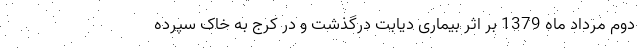
دوم مرداد ماه 1379 بر اثر بیماری دیابت درگذشت و در کرج به خاک سپرده